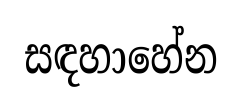
සඳහාහේන